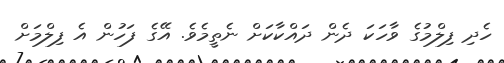
ހެދި ފިލްމުގެ ވާހަކަ ދެން ދައްކާކަށް ނެތީމެވެ. އޭގެ ފަހުން އެ ފިލްމަށް